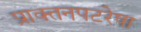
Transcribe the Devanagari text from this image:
प्राक्तनपटरेषा